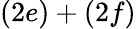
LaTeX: (2e)+(2f)